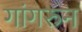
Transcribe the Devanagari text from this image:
गांगरुन